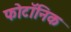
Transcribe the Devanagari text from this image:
फोटॉनिक